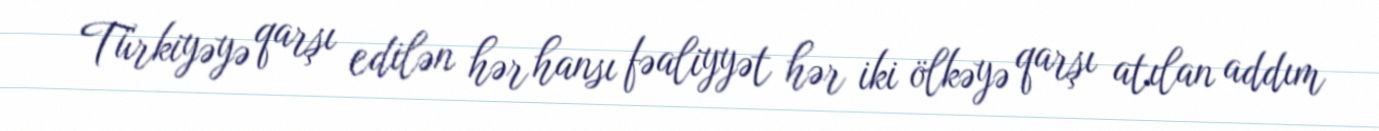
Türkiyəyə qarşı edilən hər hansı fəaliyyət hər iki ölkəyə qarşı atılan addım